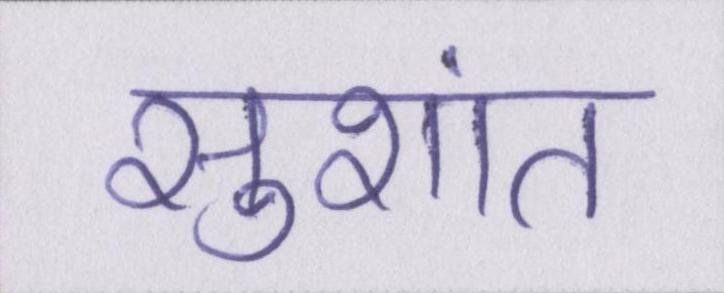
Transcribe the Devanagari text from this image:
सुशांत